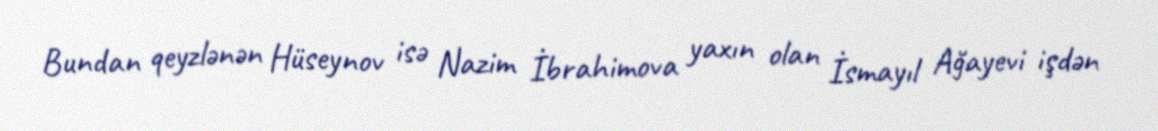
Bundan qeyzlənən Hüseynov isə Nazim İbrahimova yaxın olan İsmayıl Ağayevi işdən